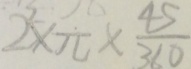
2 ^ { 2 } \times \pi \times \frac { 4 5 } { 3 6 0 }